Medical and sanitary report of the native army of Bengal for the year
Year: 1878
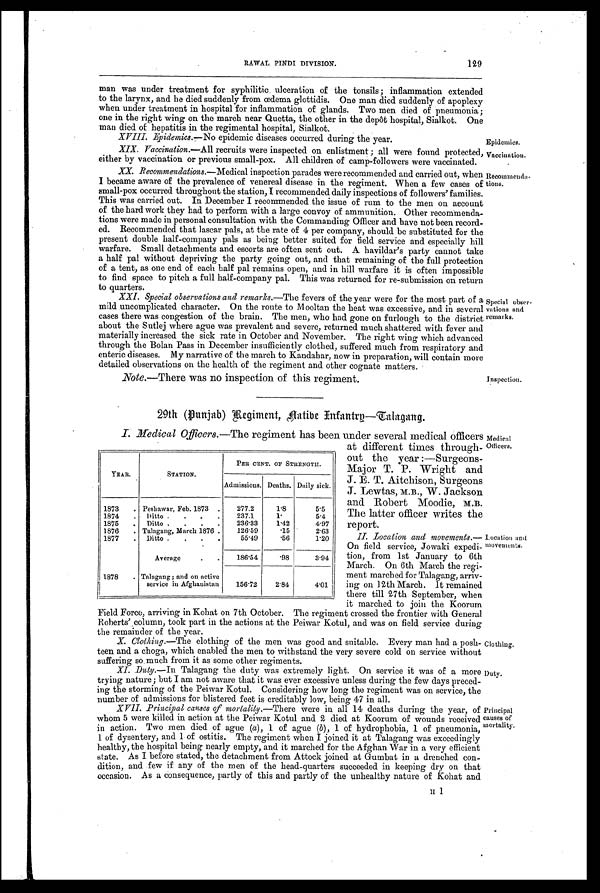
man was under treatment for syphilitic ulceration of the tonsils; inflammation extended
to the larynx, and he died suddenly from œdema glottidis. One man died suddenly of apoplexy
when under treatment in hospital for inflammation of glands. Two men died of pneumonia ;
one in the right wing on the march near Quetta, the other in the depôt hospital, Sialkot. One
man died of hepatitis in the regimental hospital, Sialkot.
XVIII. Epidemics. —No epidemic diseases occurred during the year.
Epidemics.
XIX. Vaccination. —All recruits were inspected on enlistment ; all were found protected,
either by vaccination or previous small-pox. All children of camp-followers were vaccinated.
XX. Recommendations. —Medical inspection parades were recommended and carried out, when
I became aware of the prevalence of venereal disease in the regiment. When a few cases of
small-pox occurred throughout the station, I recommended daily inspections of followers' families.
This was carried out. In December I recommended the issue of rum to the men on account
of the hard work they had to perform with a large convoy of ammunition. Other recommenda-
tions were made in personal consultation with the Commanding Officer and have not been record-
ed. Recommended that lascar pals, at the rate of 4 per company, should be substituted for the
present double half-company pals as being better suited for field service and especially bill
warfare. Small detachments and escorts are often sent out. A havildar's party cannot take
a half pal without depriving the party going out, and that remaining of the full protection
of a tent, as one end of each half pal remains open, and in hill warfare it is often impossible
to find space to pitch a full half-company pal. This was returned for re-submission on return
to quarters.
Vaccination.
Recommenda-
tions.
XXI. Special observations and remarks. —The fevers of the year were for the most part of a
mild uncomplicated character. On the route to Mooltan the heat was excessive, and in several
cases there was congestion of the brain. The men, who had gone on furlough to the district
about the Sutlej where ague was prevalent and severe, returned much shattered with fever and
materially increased the sick rate in October and November. The right wing which advanced
through the Bolan Pass in December insufficiently clothed, suffered much from respiratory and
enteric diseases. My narrative of the march to Kandahar, now in preparation, will contain more
detailed observations on the health of the regiment and other cognate matters.
Special obser-
vations and
remarks.
Note.—There was no inspection of this regiment.
Inspection.
29th (Punjab) Regiment, Natibe Infantry—Calagang.
I. _Medical Officers. —The regiment has been under several medical officers
at different times through-
out the year :—Surgeons-
Major T. P. Wright and
J. E. T. Aitchison, Surgeons
J. Lewtas, M.B., W. Jackson
and Robert Moodie, M.B.
The latter officer writes the
re port.
II. Location and movements. —
On field service, Jowaki expedi-
tion, from 1st January to 6th
March. On 6th March the regi-
ment marched for Talagang, arriv-
ing on 12th March. It remained
there till 27th September, when
it marched to join the Koorum
Field Force, arriving in Kohat on 7th October. The regiment crossed the frontier with General
Roberts' column, took part in the actions at the Peiwar Kotul, and was on field service during
remainder of the year.
X. Clothing.—The clothing of the men was good and suitable. Every man had a posh-
teen and a choga, which enabled the men to withstand the very severe cold on service without
suffering so much from it as some other regiments.
YEAR.
STATION.
PER CENT, OF STRENGTH.
Admissions. Deaths. Daily sick.
1873
. Peshawar, Feb. 1873 .
277.2
1.8
5.5
1874
. Ditto .
.
.
.
237.1
1.
5.4
1875
. Ditto .
.
.
.
236.33
1.42
4.97
1876
. Talagang, March 1876 .
126.59
.15
2.63
1877
. Ditto .
.
.
.
55.49
.56
1.20
Average
. .
186.54
.98
3.94
1878
. Talagang; and on active
service in Afghanistan
156.72
2.84
4.01
Medical
Officers.
location anti
movements.
Clothing.
XI. Duty.—In Talagang the duty was extremely light on service it was or a more
trying nature; but I am not aware that it was ever excessive unless during the few days preced-
ing the storming of the Peiwar Kotul. Considering how long the regiment was on service, the
number of admissions for blistered feet is creditably low, being 47 in all.
XVII Principal causes of mortality. —There were in all 14 deaths during the year, of
whom 5 were killed in action at the Peiwar Kotul and 2 died at Koorum of wounds received
in action. Two men died of ague ( a), 1 of ague (b), 1 of hydrophobia, 1 of pneumonia,
1 of dysentery, and 1 of ostitis. The regiment when I joined it at Talagang was exceedingly
healthy, the hospital being nearly empty, and it marched for the Afghan War in a very efficient
state. As I before stated, the detachment from Attock joined at Gumbat in a drenched con-
dition, and few if any of the men of the bead-quarters succeeded in keeping dry on that
occasion. As a consequence, partly of this and partly of the unhealthy nature of Kohat and
Duty.
Principal
causes of
mortality.